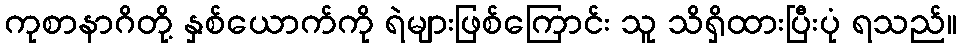
ကုစာနာဂိတို့ နှစ်ယောက်ကို ရဲများဖြစ်ကြောင်း သူ သိရှိထားပြီးပုံ ရသည်။